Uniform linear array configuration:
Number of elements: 8
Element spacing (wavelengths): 0.75
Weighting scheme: hann
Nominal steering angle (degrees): -30
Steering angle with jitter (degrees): -29.833
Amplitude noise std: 0.05
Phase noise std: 0.05

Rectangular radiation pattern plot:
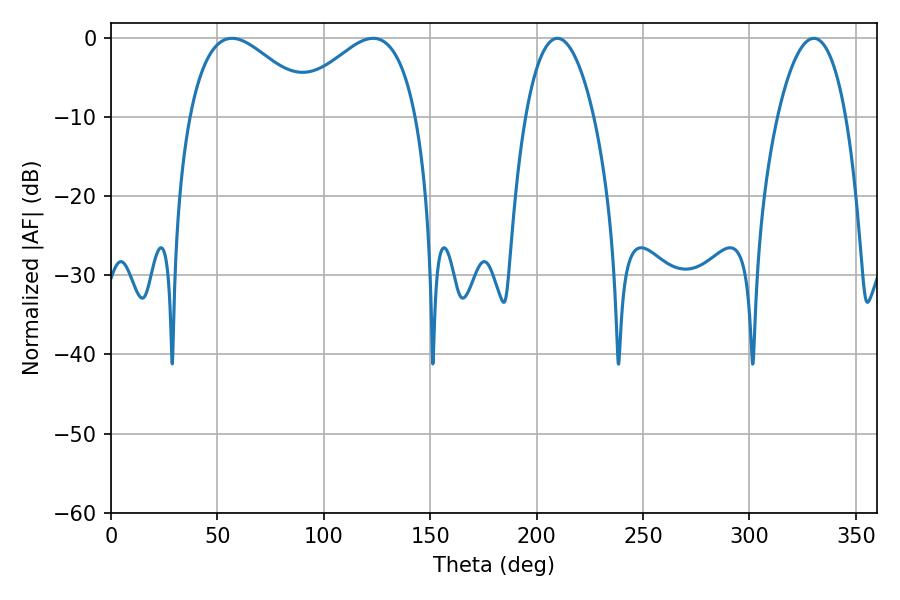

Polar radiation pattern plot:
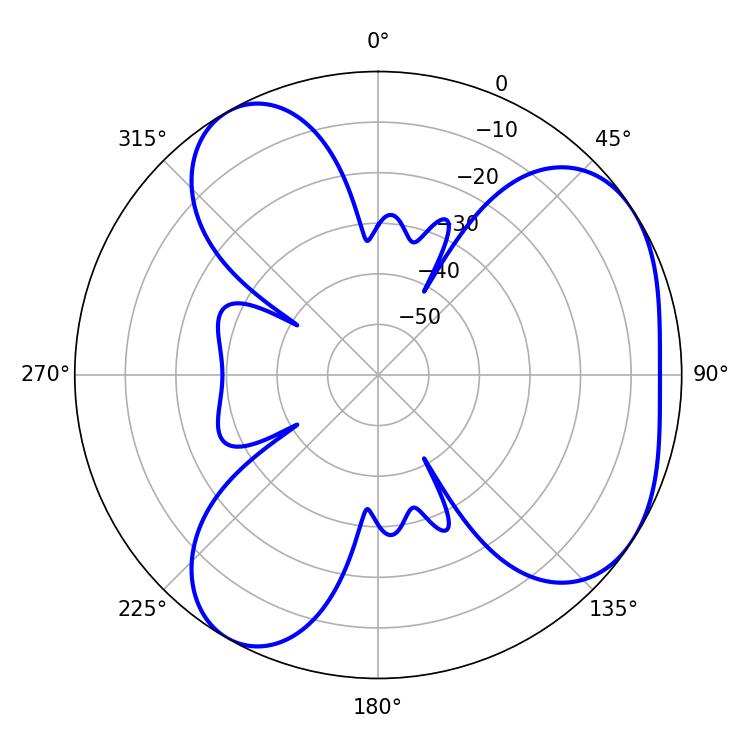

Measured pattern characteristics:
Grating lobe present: TRUE
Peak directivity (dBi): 4.731
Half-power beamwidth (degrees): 32.22
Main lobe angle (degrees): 56.88